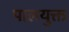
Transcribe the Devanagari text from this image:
पालयुक्त